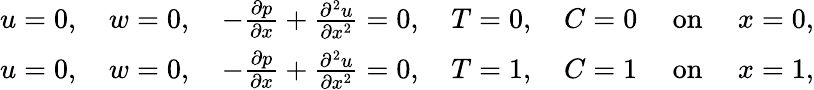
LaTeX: \begin{array}{r}{u=0,\quad w=0,\quad-\frac{\partial p}{\partial x}+\frac{\partial^{2}u}{\partial x^{2}}=0,\quad T=0,\quad C=0\quad\mathrm{~on~}\quad x=0,}\\ {u=0,\quad w=0,\quad-\frac{\partial p}{\partial x}+\frac{\partial^{2}u}{\partial x^{2}}=0,\quad T=1,\quad C=1\quad\mathrm{~on~}\quad x=1,}\end{array}